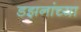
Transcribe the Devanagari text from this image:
डझनांच्या